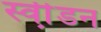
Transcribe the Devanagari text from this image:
स्वी़डन